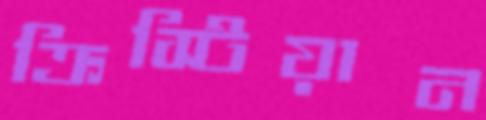
ক্রিস্টিয়ান